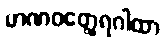
မာဏဝတ္ထေရဂါထာ